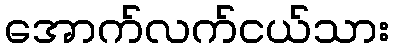
အောက်လက်ငယ်သား